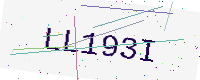
Text: LL193I